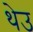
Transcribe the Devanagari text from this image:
थेउ